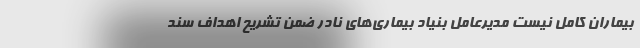
بیماران کامل نیست مدیرعامل بنیاد بیماری‌های نادر ضمن تشریح اهداف سند